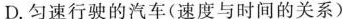
D. 匀速行驶的汽车(速度与时间的关系)